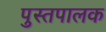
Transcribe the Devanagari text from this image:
पुस्तपालक